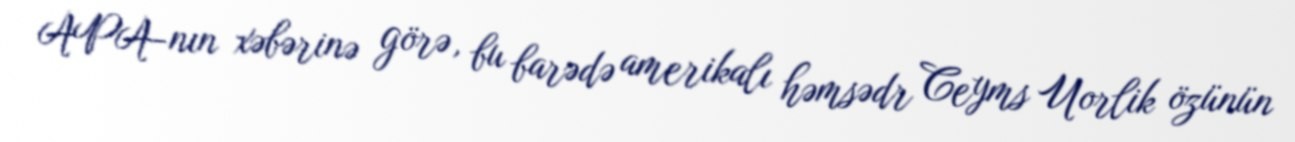
APA-nın xəbərinə görə, bu barədə amerikalı həmsədr Ceyms Uorlik özünün